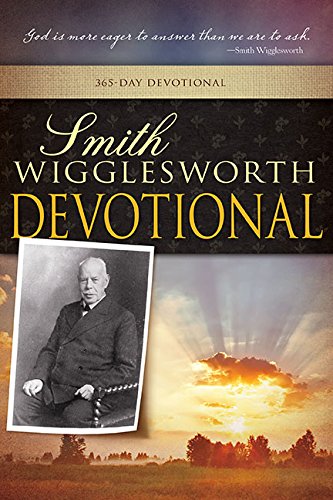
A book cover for Smith Wigglesworth Devotional; WIGGLESWORTH SM; Christian Books & Bibles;